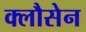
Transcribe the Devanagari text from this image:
क्लौसेन